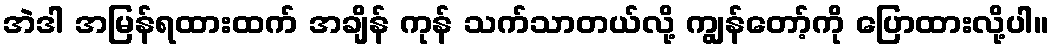
အဲဒါ အမြန်ရထားထက် အချိန် ကုန် သက်သာတယ်လို့ ကျွန်တော့်ကို ပြောထားလို့ပါ။